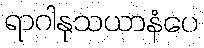
ရာဂါနုသယာနံပေ